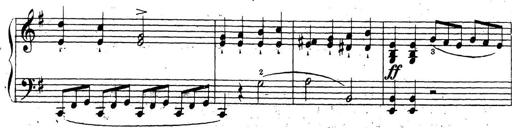
Title: 10 Sonatinas
Composer: Fritz Spindler